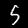
Digit: 5